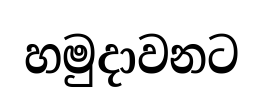
හමුදාවනට